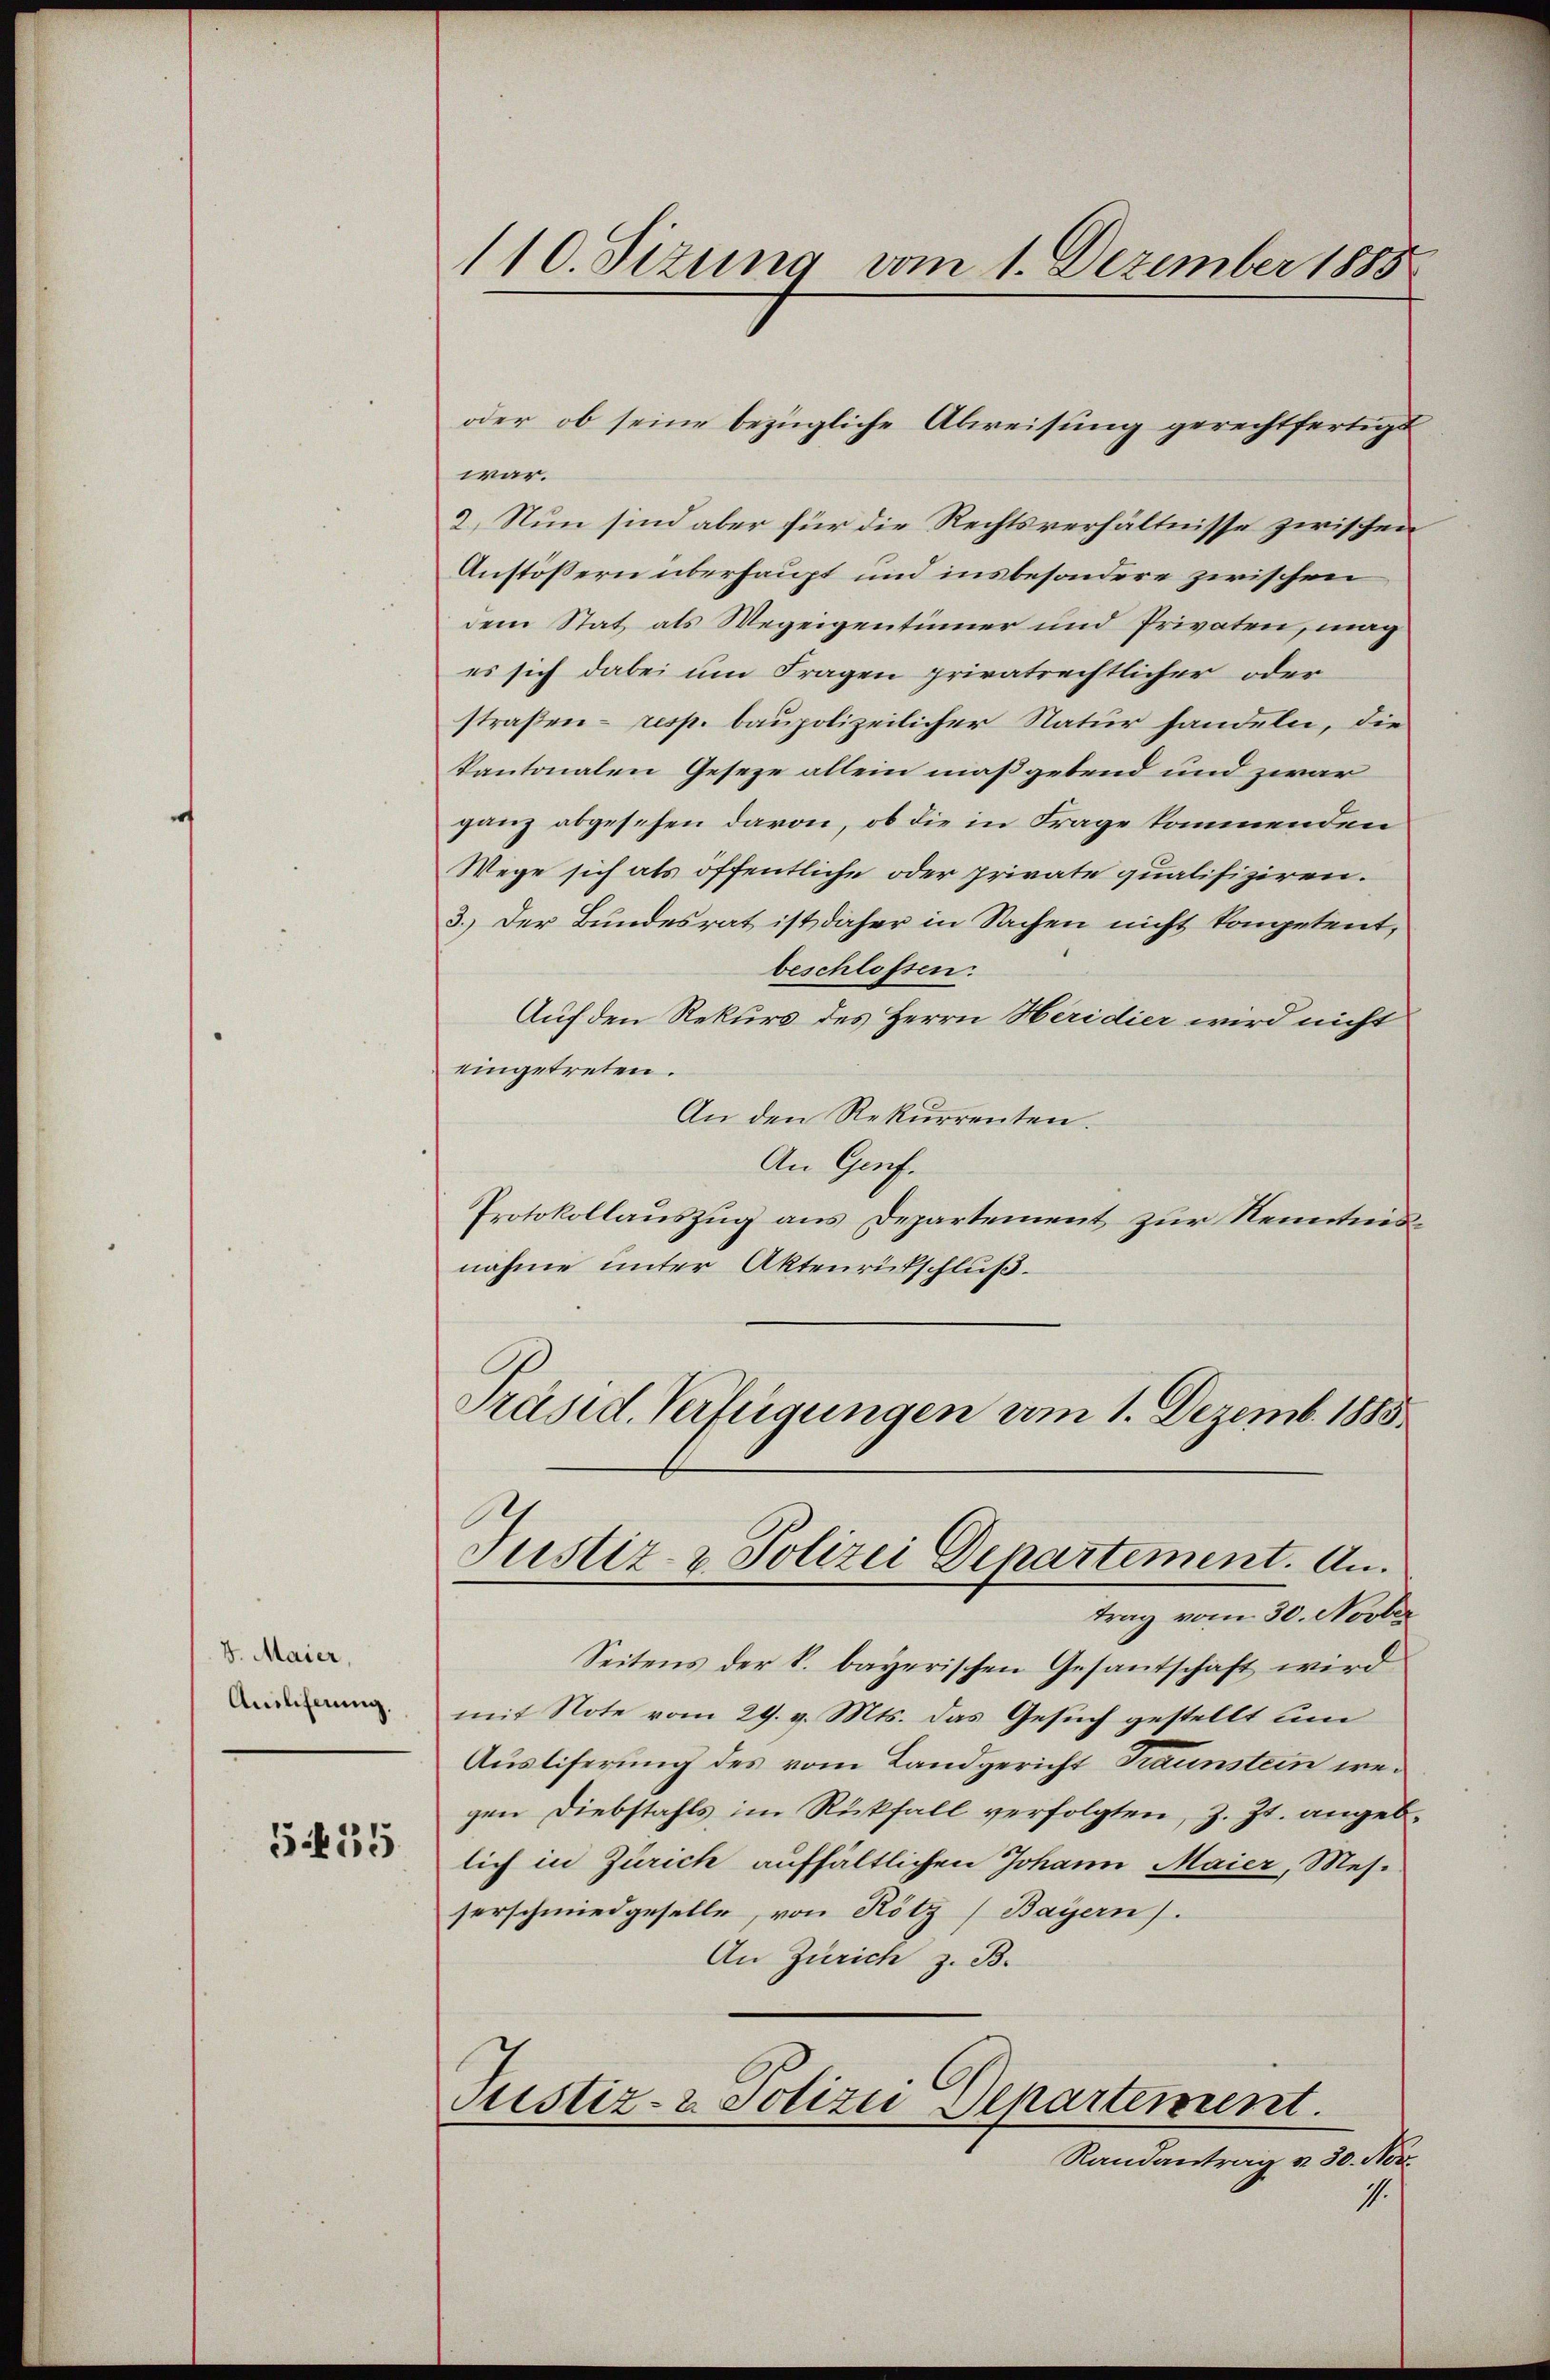
V. Maier,
Auslieferung.

G35

war.
2. Nun sind aber für die Rechtsverhältnisse zwischen
Anstössern überhaupt und insbesondere zwischen
dem Stat als Wegeigentümer und Privaten, mag
es sich dabei um Fragen privatrechtlicher oder
straßen- resp. baupolizeilicher Natur handeln, die
kantonalen Geseze allein maßgebend und zwar
ganz abgesehen davon, ob die in Frage kommenden
Wege sich als öffentliche oder private qualifiziren.
3.) Der Bundesrat ist daher in Sachen nicht kompetent,
beschlossen.
Auf den Rekurs des Herrn Heridier wird nicht
eingetreten.
An den Rekurrenten.
An Genf.
Protokollauszug aus Departement zur Kenntnisnahme unter Aktenrückschluß.
Präsid. Verfügungen vom 1. Dezemb. 1885.
Justiz- & Polizei Departement. An
trag vom 30. Novber
Seitens der k. bayerischen Gesantschaft wird
mit Note vom 29. v. Mts. das Gesuch gestellt um
Ausliferung des vom Landgericht Traunstein wegen Diebstahls im Rückfall verfolgten, z. Zt. angeblich in Zürich aufhältlichen Johann Maier, Messerschmiedgeselle, von Rötz (Bayern).
An Zürich z. B.
Justiz- & Polizei Separtement.
Randantrag u. 30. Nor
1.

110. Sizung vom 1. Dezember 1888

oder ob seine bezügliche Abweisung gerechtfertigt